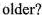
older?